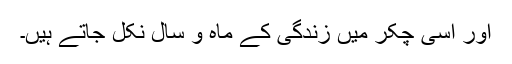
اور اسی چکر میں زندگی کے ماہ و سال نکل جاتے ہیں۔